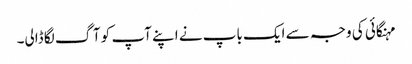
مہنگائی کی وجہ سے ایک باپ نے اپنے آپ کو آگ لگا ڈالی۔